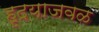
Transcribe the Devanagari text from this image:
हृदयाजवळ